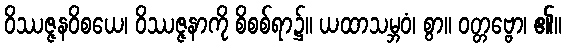
ဝိဿဇ္ဇနဝိစယေ၊ ဝိဿဇ္ဇနာကို စိစစ်ရာ၌။ ယထာသမ္ဘဝံ၊ စွာ။ ဝတ္တဗ္ဗော၊ ၏။